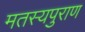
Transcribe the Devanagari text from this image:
मतस्यपुराण